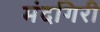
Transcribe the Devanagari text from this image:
मंदगिरी